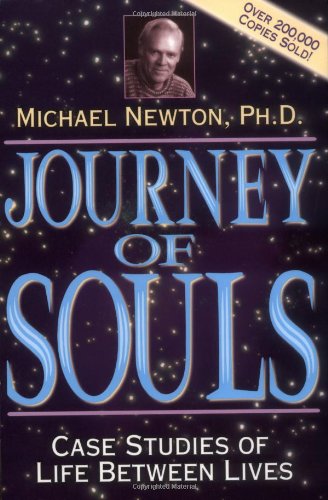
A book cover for Journey of Souls: Case Studies of Life Between Lives; Michael Newton; Religion & Spirituality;